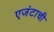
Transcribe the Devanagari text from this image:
एजंटाची